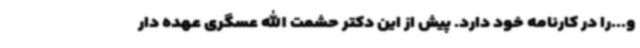
و...را در کارنامه خود دارد. پیش از این دکتر حشمت الله عسگری عهده دار